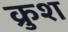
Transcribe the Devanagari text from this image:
क्रुश